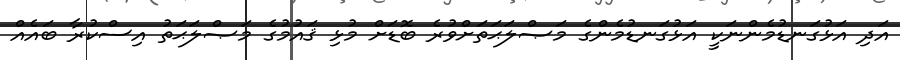
އަދި އަޅުގަނޑުމެންނަކީ އަޅުގަނޑުމެންގެ މަޞްލަޙަތަށްވުރެ ބޮޑަށް މުޅި ޤައުމުގެ މަޞްލަޙަތު އިސްކުރާ ބައެއް